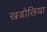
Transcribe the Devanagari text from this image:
खडोलिया